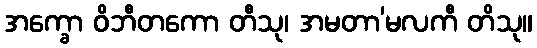
အက္ခော ဝိဘီတကော တီသု၊ အမတာ’မလကီ တိသု။